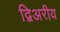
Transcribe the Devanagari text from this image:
द्विअरीय